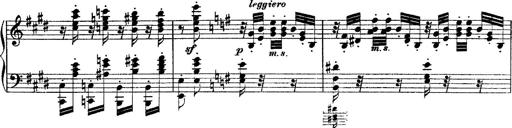
Title: Ã‰tudes d'exÃ©cution transcendante d'aprÃ¨s Paganini
Composer: Franz Liszt